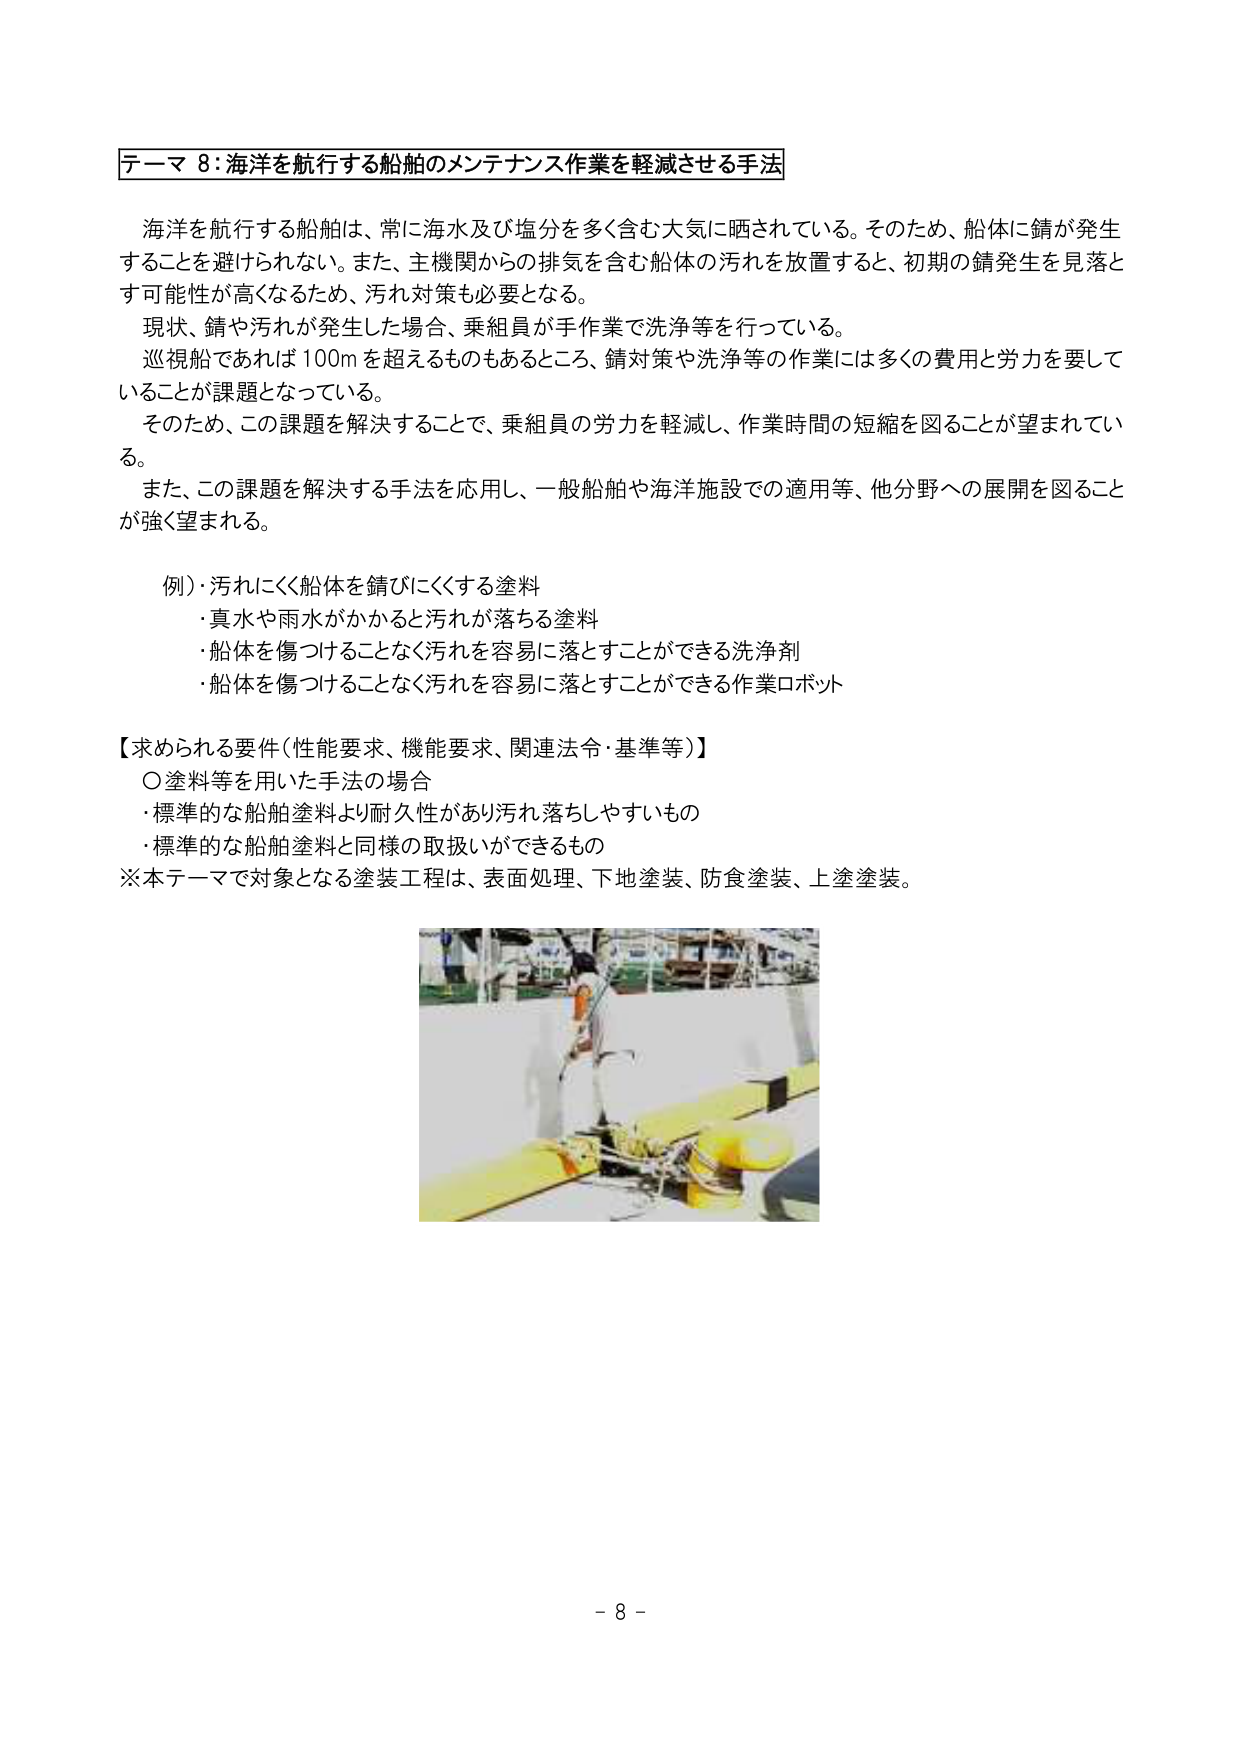
テーマ８：海洋を航行する船舶のメンテナンス作業を軽減させる手法

海洋を航行する船舶は、常に海水及び塩分を多く含む大気に晒されている。そのため、船体に錆が発生することを避けられない。また、主機関からの排気を含む船体の汚れを放置すると、初期の錆発生を見落とす可能性が高くなるため、汚れ対策も必要となる。
現状、錆や汚れが発生した場合、乗組員が手作業で洗浄等を行っている。
巡視船であれば100mを超えるものもあるところ、錆対策や洗浄等の作業には多くの費用と労力を要していることが課題となっている。
そのため、この課題を解決することで、乗組員の労力を軽減し、作業時間の短縮を図ることが望まれている。
また、この課題を解決する手法を応用し、一般船舶や海洋施設での適用等、他分野への展開を図ることが強く望まれる。

例）汚れにくく船体を錆びにくくする塗料
・真水や雨水がかかると汚れが落ちる塗料
・船体を傷つけることなく汚れを容易に落とすことができる洗浄剤
・船体を傷つけることなく汚れを容易に落とすことができる作業ロボット

【求められる要件（性能要求、機能要求、関連法令・基準等）】
〇塗料等を用いた手法の場合
・標準的な船舶塗料より耐久性があり汚れ落ちしやすいもの
・標準的な船舶塗料と同様の取扱いができるもの
※本テーマで対象となる塗装工程は、表面処理、下地塗装、防食塗装、上塗塗装。

- 8 -